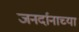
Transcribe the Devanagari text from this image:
जनर्दानाच्या